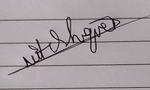
Signature authenticity: genuine